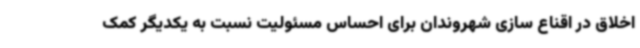
اخلاق در اقناع سازی شهروندان برای احساس مسئولیت نسبت به یکدیگر کمک